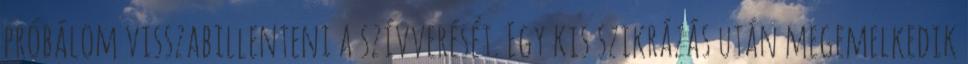
próbálom visszabillenteni a szívverését. Egy kis szikrázás után megemelkedik